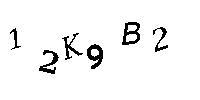
12K9B2